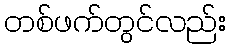
တစ်ဖက်တွင်လည်း